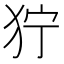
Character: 狞